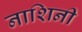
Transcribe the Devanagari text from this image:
नाशिनी